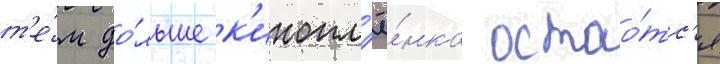
т'е́м до́льше к'инопл'ё́нка остао́тс'я